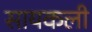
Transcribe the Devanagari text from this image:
सायकली